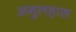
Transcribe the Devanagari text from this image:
अगुलहास